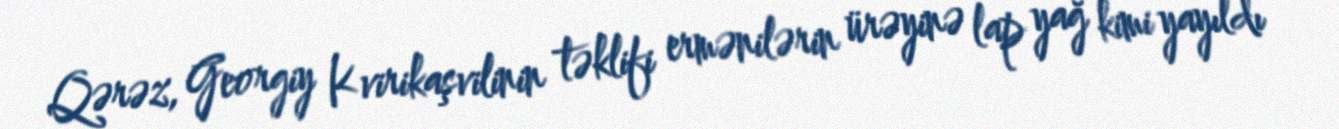
Qərəz, Georgiy Kvirikaşvilinin təklifi ermənilərin ürəyinə lap yağ kimi yayıldı